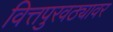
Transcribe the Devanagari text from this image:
वित्तपुरवठ्यावर